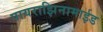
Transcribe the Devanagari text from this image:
पायराझिनामाईड